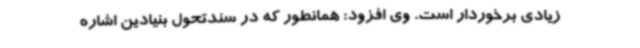
زیادی برخوردار است. وی افزود: همانطور که در سندتحول بنیادین اشاره